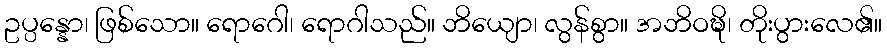
ဥပ္ပန္နော၊ ဖြစ်သော။ ရောဂေါ၊ ရောဂါသည်။ ဘိယျော၊ လွန်စွာ။ အဘိဝဍ္ဎိ၊ တိုးပွားလေ၏။